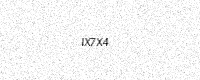
Text: IX7X4